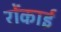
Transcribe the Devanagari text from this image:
रोंकाई